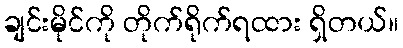
ချင်းမိုင်ကို တိုက်ရိုက်ရထား ရှိတယ်။